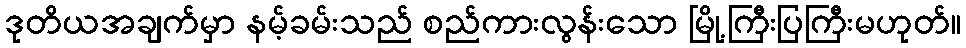
ဒုတိယအချက်မှာ နမ့်ခမ်းသည် စည်ကားလွန်းသော မြို့ကြီးပြကြီးမဟုတ်။